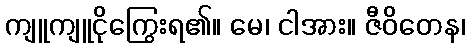
ကျူကျူငိုကြွေးရ၏။ မေ၊ ငါအား။ ဇီဝိတေန၊